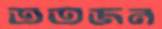
ততজন